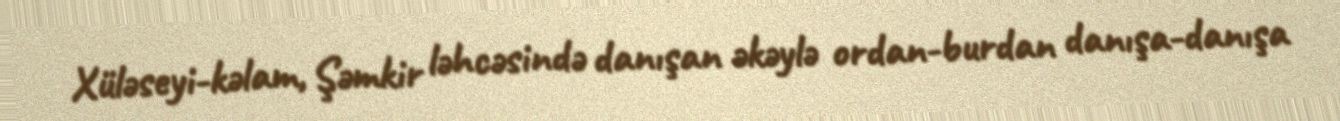
Xüləseyi-kəlam, Şəmkir ləhcəsində danışan əkəylə ordan-burdan danışa-danışa